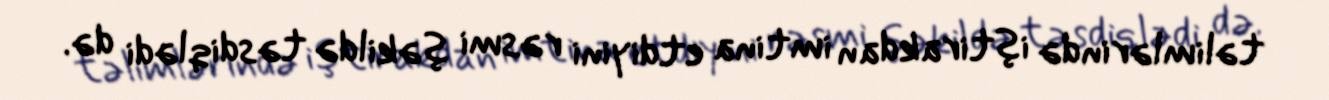
təlimlərində iştirakdan imtina etdiyini rəsmi şəkildə təsdiqlədi də.